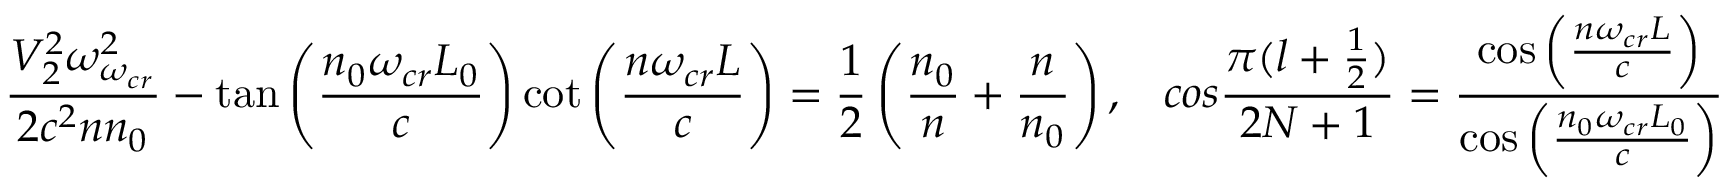
\frac { V _ { 2 } ^ { 2 } \omega _ { \omega _ { c r } } ^ { 2 } } { 2 c ^ { 2 } n n _ { 0 } } - \tan \left( \frac { n _ { 0 } \omega _ { c r } L _ { 0 } } { c } \right) \cot \left( \frac { n \omega _ { c r } L } { c } \right) = \frac { 1 } { 2 } \left( \frac { n _ { 0 } } { n } + \frac { n } { n _ { 0 } } \right) , \ \ \, c o s \frac { \pi ( l + \frac { 1 } { 2 } ) } { 2 N + 1 } = \frac { \cos \left( \frac { n \omega _ { c r } L } { c } \right) } { \cos \left( \frac { n _ { 0 } \omega _ { c r } L _ { 0 } } { c } \right) }